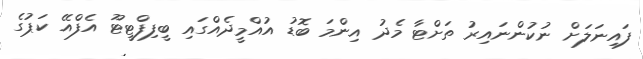
ފައިނަލަށް ނުކުންނައިރު ތަށްޓާ މެދު އިންމަ ބޮޑު އުއްމީދެއްގައި ބީފިފްޓީޓޫ އެފްއޭ ކަޕުގެ